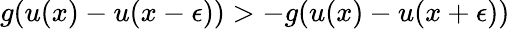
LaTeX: g(u(x)-u(x-\epsilon))>-g(u(x)-u(x+\epsilon))